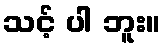
သင့် ပါ ဘူး။